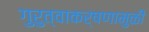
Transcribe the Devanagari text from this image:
गुरुत्वाकर्षणामुळीं